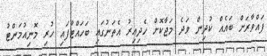
ފައްވާރަށް ބައެއް ކުދިން ވަދެ މަޖާކޮށް ހެދިއިރު އެތަނުގައި ބަހައްޓާފައި ހުރި މޮނިއުމަންޓު